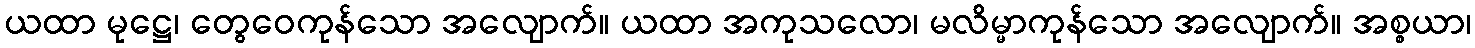
ယထာ မုဋ္ဌေ၊ တွေဝေကုန်သော အလျောက်။ ယထာ အကုသလော၊ မလိမ္မာကုန်သော အလျောက်။ အစ္စယာ၊